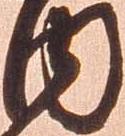
内